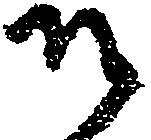
そ